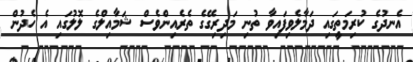
އެނދުގެ ކުރިމަތީގައި ދަމާލެވިފައިވާ ތުނި މަދިރިގޭގެ ތެރެއިންވެސް ޝަމާއިލްގެ ލޮލުގައި އެ ހެދުން